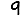
Digit: 9